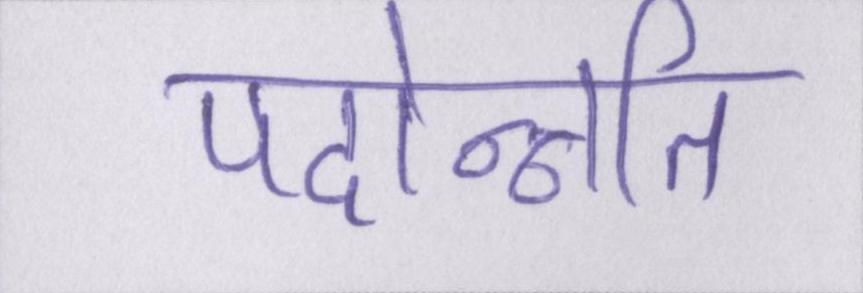
पदोन्नति